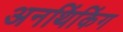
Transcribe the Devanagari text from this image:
अनथिंकिंग